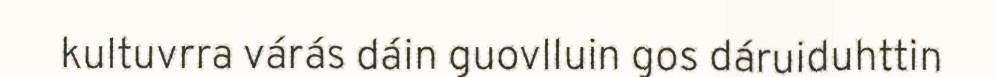
kultuvrra várás dáin guovlluin gos dáruiduhttin